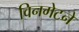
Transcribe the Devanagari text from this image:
विनगेटने